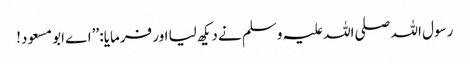
رسول اللہ صلی اللہ علیہ وسلم نے دیکھ لیا اور فرمایا: ’’اے ابو مسعود!